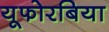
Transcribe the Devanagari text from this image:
यूफोरबिया